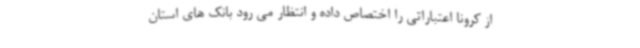
از کرونا اعتباراتی را اختصاص داده و انتظار می رود بانک های استان